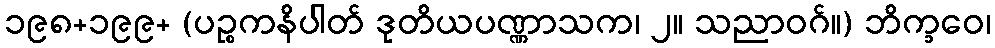
၁၉၈+၁၉၉+ (ပဉ္စကနိပါတ် ဒုတိယပဏ္ဏာသက၊ ၂။ သညာဝဂ်။) ဘိက္ခဝေ၊